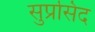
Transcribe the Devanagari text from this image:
सुप्रसिद